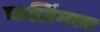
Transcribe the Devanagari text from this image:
कलिंगला